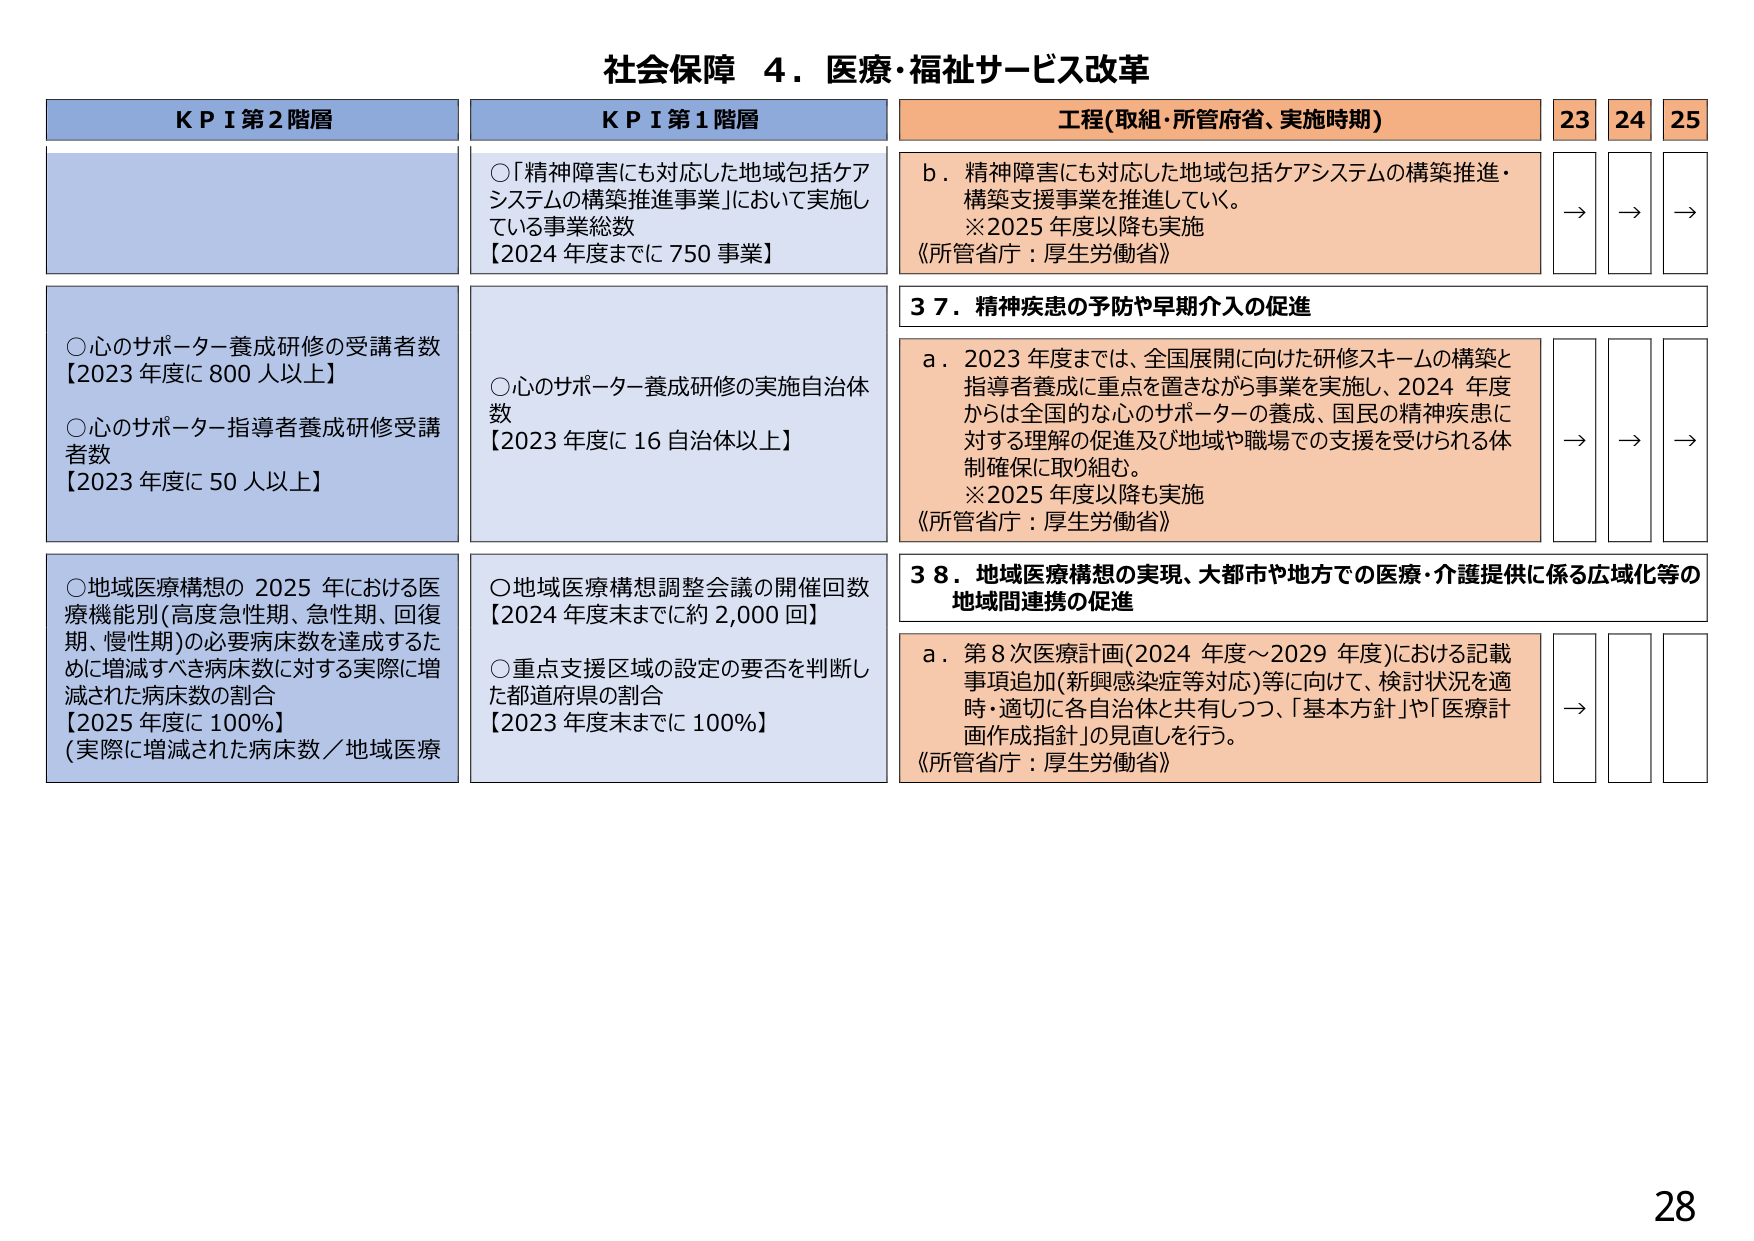
社会保障 ４．医療・福祉サービス改革

KPI 第2階層
○心のサポーター養成研修の受講者数
【2023年度に800人以上】
○心のサポーター指導者養成研修受講者数
【2023年度に50人以上】
○地域医療構想の2025年における医療機能別（高度急性期、急性期、回復期、慢性期）の必要病床数を達成するために増減すべき病床数に対する実際に増減された病床数の割合
【2025年度に100％】
（実際に増減された病床数／地域医療

KPI 第1階層
○「精神障害にも対応した地域包括ケアシステムの構築推進事業」において実施している事業総数
【2024年度までに750事業】
○心のサポーター養成研修の実施自治体数
【2023年度に16自治体以上】
○地域医療構想調整会議の開催回数
【2024年度末までに約2,000回】
○重点支援区域の設定の要否を判断した都道府県の割合
【2023年度末までに100％】

工程（取組・所管府省、実施時期）
23 24 25
b．精神障害にも対応した地域包括ケアシステムの構築推進・構築支援事業を推進していく。
※2025年度以降も実施
《所管省庁：厚生労働省》
→ → →
37．精神疾患の予防や早期介入の促進
a．2023年度までは、全国展開に向けた研修スキームの構築と指導者養成に重点を置きながら事業を実施し、2024年度からは全国的な心のサポーターの養成、国民の精神疾患に対する理解の促進及び地域や職場での支援を受けられる体制確保に取り組む。
※2025年度以降も実施
《所管省庁：厚生労働省》
→ → →
38．地域医療構想の実現、大都市や地方での医療・介護提供に係る広域化等の地域間連携の促進
a．第8次医療計画（2024年度～2029年度）における記載事項追加（新興感染症等対応）等に向けて、検討状況を適時・適切に各自治体と共有しつつ、「基本方針」や「医療計画作成指針」の見直しを行う。
《所管省庁：厚生労働省》
→ → →

28